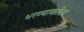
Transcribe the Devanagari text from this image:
भरण्याकरिता